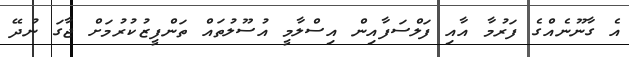
އެ ގާނޫނެއްގެ ފަރުމާ އާއި ފަލްސަފާއިން އިސްލާމީ އުސޫލުތައް ތަންފީޒުކުރުމަށް ޖާގަ ނުދޭ